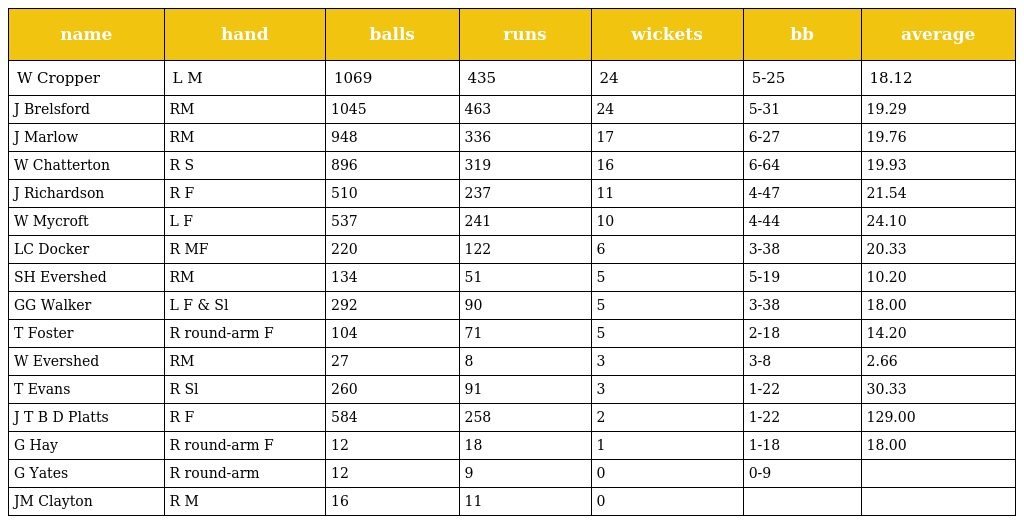
| name | hand | balls | runs | wickets | bb | average |
 | --- | --- | --- | --- | --- | --- | --- |
 | W Cropper | L M | 1069 | 435 | 24 | 5-25 | 18.12 |
 | J Brelsford | RM | 1045 | 463 | 24 | 5-31 | 19.29 |
 | J Marlow | RM | 948 | 336 | 17 | 6-27 | 19.76 |
 | W Chatterton | R S | 896 | 319 | 16 | 6-64 | 19.93 |
 | J Richardson | R F | 510 | 237 | 11 | 4-47 | 21.54 |
 | W Mycroft | L F | 537 | 241 | 10 | 4-44 | 24.10 |
 | LC Docker | R MF | 220 | 122 | 6 | 3-38 | 20.33 |
 | SH Evershed | RM | 134 | 51 | 5 | 5-19 | 10.20 |
 | GG Walker | L F & Sl | 292 | 90 | 5 | 3-38 | 18.00 |
 | T Foster | R round-arm F | 104 | 71 | 5 | 2-18 | 14.20 |
 | W Evershed | RM | 27 | 8 | 3 | 3-8 | 2.66 |
 | T Evans | R Sl | 260 | 91 | 3 | 1-22 | 30.33 |
 | J T B D Platts | R F | 584 | 258 | 2 | 1-22 | 129.00 |
 | G Hay | R round-arm F | 12 | 18 | 1 | 1-18 | 18.00 |
 | G Yates | R round-arm | 12 | 9 | 0 | 0-9 |  |
 | JM Clayton | R M | 16 | 11 | 0 |  |  |